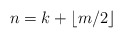
\begin{align*}n=k+\lfloor m/2 \rfloor\end{align*}